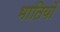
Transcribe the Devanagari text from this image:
भातियों